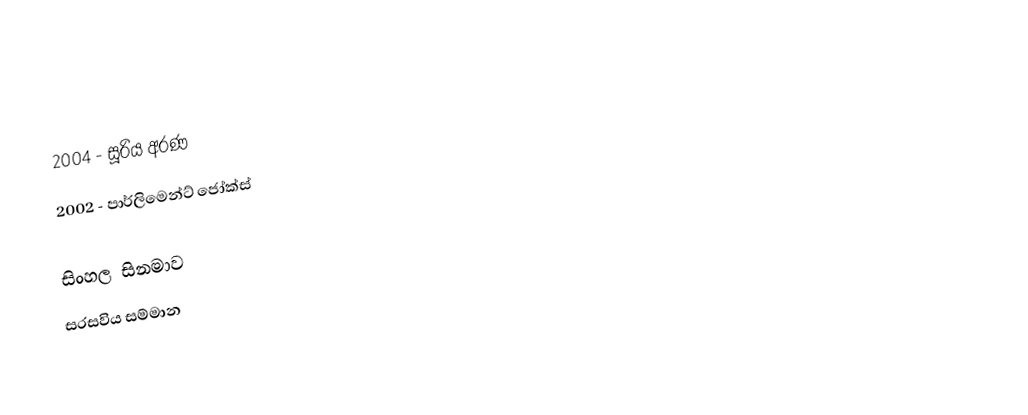
2004 - සූරිය අරණ
2002 - පාර්ලිමෙන්ට් ජෝක්ස්

සිංහල සිනමාව
සරසවිය සම්මාන